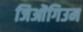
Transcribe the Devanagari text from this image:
जिओंगिउम